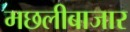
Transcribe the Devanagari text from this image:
मछलीबाजार